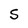
Character: S